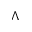
\Lambda